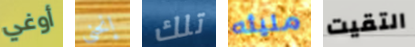
أوغي إنحني تلك مليئه التقيت